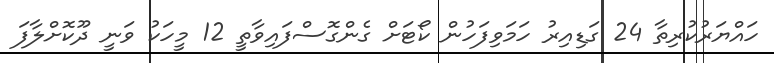
ހައްޔަރުކުރިތާ 24 ގަޑިއިރު ހަމަވިފަހުން ކޯޓަށް ގެންގޮސްފައިވާތީ 12 މީހަކު ވަނީ ދޫކޮށްލާފަ